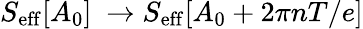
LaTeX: S_{\mathrm{eff}}[A_{0}]~\rightarrow S_{\mathrm{eff}}[A_{0}+2\pi nT/e]